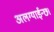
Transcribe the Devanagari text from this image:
अलग्याईन्छ।